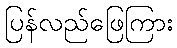
ပြန်လည်ဖြေကြား